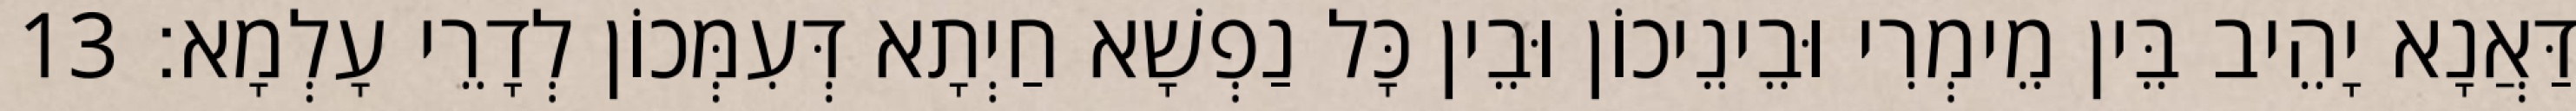
דַּאֲנָא יָהֵיב בֵּין מֵימְרִי וּבֵינֵיכוֹן וּבֵין כָּל נַפְשָׁא חַיְתָא דְּעִמְּכוֹן לְדָרֵי עָלְמָא׃ 13